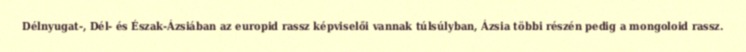
Délnyugat-, Dél- és Észak-Ázsiában az europid rassz képviselői vannak túlsúlyban, Ázsia többi részén pedig a mongoloid rassz.